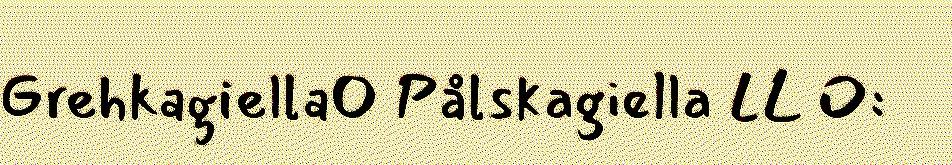
Grehkagiella Pålskagiella LL O: